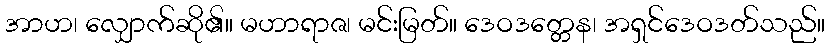
အာဟ၊ လျှောက်ဆို၏။ မဟာရာဇ၊ မင်းမြတ်။ ဒေဝဒတ္တေန၊ အရှင်ဒေဝဒတ်သည်။